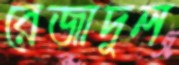
রেজাদুল